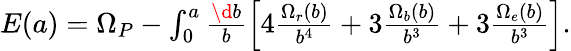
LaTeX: \begin{array}{r}{E(a)=\Omega_{P}-\int_{0}^{a}\frac{\d b}{b}\left[4\frac{\Omega_{r}(b)}{b^{4}}+3\frac{\Omega_{b}(b)}{b^{3}}+3\frac{\Omega_{e}(b)}{b^{3}}\right].}\end{array}